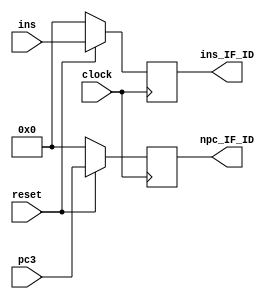
module if_id(clock,reset,ins_IF_ID,npc_IF_ID,ins,pc3);

	input clock,reset;

	input [31:0] ins;

	input [31:0] pc3;	//JCPUpc3pc+4

	output reg [31:0]ins_IF_ID;
	output reg [31:0]npc_IF_ID;

always@(posedge clock) 
	begin
		if(reset) 
			begin
				ins_IF_ID<=ins;
				npc_IF_ID<=pc3;
			end
		else 
			begin
				ins_IF_ID<=32'h0000_0000;
				npc_IF_ID<=32'h0000_0000;
			end
	end

endmodule